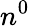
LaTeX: n^{0}